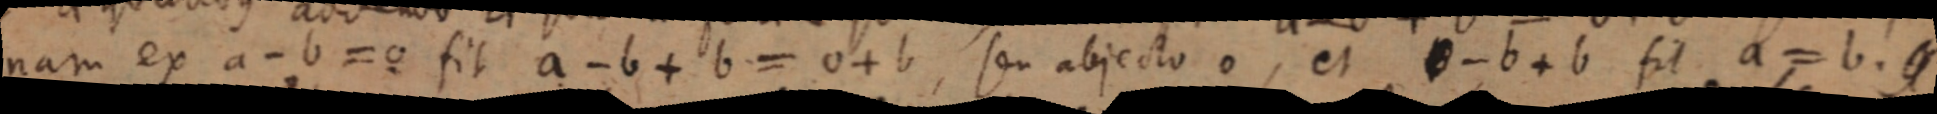
nam ex a - b = o fit a - b + b = o + b, seu abjecto o, et a - b + b fit a = b.